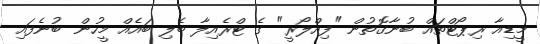
މީޑިއާ ރިޕޯޓްތައް ބުނާގޮތުން "ފިއްލޯރީ" ގެ ޓްރެއިލާ ބެލި ބައެއް މީހުން ބުނެފައި